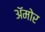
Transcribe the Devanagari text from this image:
अॅमोर